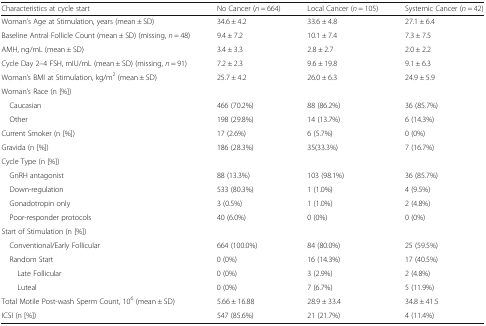
| Characteristics at cycle start | No Cancer (n = 664) | Local Cancer (n = 105) | Systemic Cancer (n = 42) |
 | --- | --- | --- | --- |
 | Woman’s Age at Stimulation, years (mean ± SD) | 34.6 ± 4.2 | 33.6 ± 4.8 | 27.1 ± 6.4 |
 | Baseline Antral Follicle Count (mean ± SD) (missing, n = 48) | 9.4 ± 7.2 | 10.1 ± 7.4 | 7.3 ± 7.5 |
 | AMH, ng/mL (mean ± SD) | 3.4 ± 3.3 | 2.8 ± 2.7 | 2.0 ± 2.2 |
 | Cycle Day 2–4 FSH, mIU/mL (mean ± SD) (missing, n = 91) | 7.2 ± 2.3 | 9.6 ± 19.8 | 9.1 ± 6.3 |
 | Woman’s BMI at Stimulation, kg/m2 (mean ± SD) | 25.7 ± 4.2 | 26.0 ± 6.3 | 24.9 ± 5.9 |
 | <COLSPAN=4> Woman’s Race (n [%]) |
 | Caucasian | 466 (70.2%) | 88 (86.2%) | 36 (85.7%) |
 | Other | 198 (29.8%) | 14 (13.7%) | 6 (14.3%) |
 | Current Smoker (n [%]) | 17 (2.6%) | 6 (5.7%) | 0 (0%) |
 | Gravida (n [%]) | 186 (28.3%) | 35(33.3%) | 7 (16.7%) |
 | <COLSPAN=4> Cycle Type (n [%]) |
 | GnRH antagonist | 88 (13.3%) | 103 (98.1%) | 36 (85.7%) |
 | Down-regulation | 533 (80.3%) | 1 (1.0%) | 4 (9.5%) |
 | Gonadotropin only | 3 (0.5%) | 1 (1.0%) | 2 (4.8%) |
 | Poor-responder protocols | 40 (6.0%) | 0 (0%) | 0 (0%) |
 | <COLSPAN=4> Start of Stimulation (n [%]) |
 | Conventional/Early Follicular | 664 (100.0%) | 84 (80.0%) | 25 (59.5%) |
 | Random Start | 0 (0%) | 16 (14.3%) | 17 (40.5%) |
 | Late Follicular | 0 (0%) | 3 (2.9%) | 2 (4.8%) |
 | Luteal | 0 (0%) | 7 (6.7%) | 5 (11.9%) |
 | Total Motile Post-wash Sperm Count, 106 (mean ± SD) | 5.66 ± 16.88 | 28.9 ± 33.4 | 34.8 ± 41.5 |
 | ICSI (n [%]) | 547 (85.6%) | 21 (21.7%) | 4 (11.4%) |